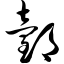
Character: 邰